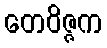
တေဝိဇ္ဇက